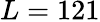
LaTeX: L=121